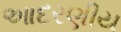
આદરણીય